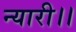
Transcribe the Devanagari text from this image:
न्यारी।।